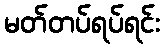
မတ်တပ်ရပ်ရင်း